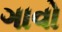
ગાવો